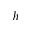
h